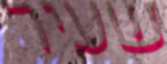
שעיר